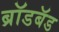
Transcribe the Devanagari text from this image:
ब्राॅडबॅड